Vaccination report Assam 1896-1927 - 1896-1927
Year: 1896
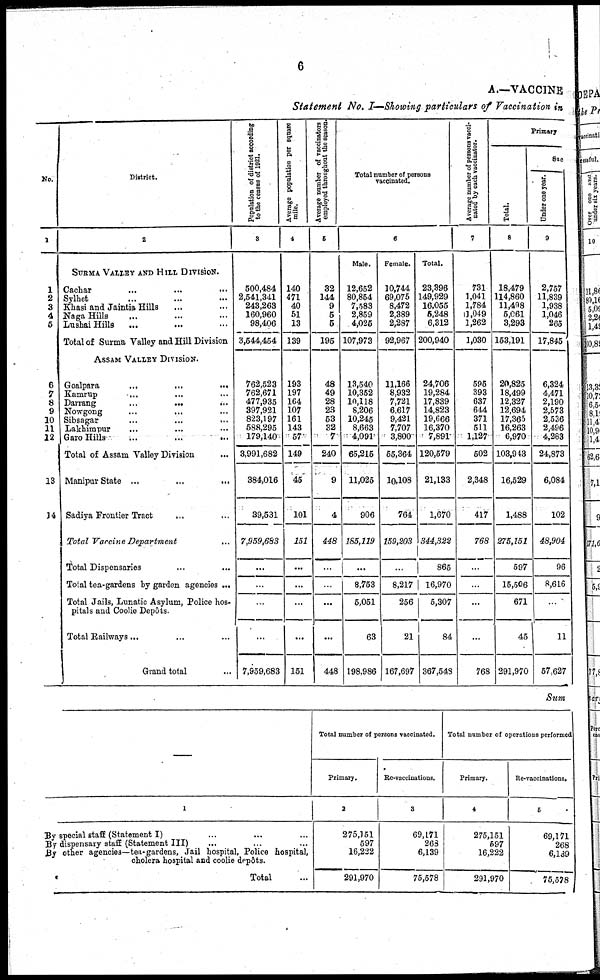
6
A.—VACCINE
Statement No. I—Showing particulars of Vaccination in
No.
1
1
2
3
4
5
6
7
8
9
10
11
12
13
14
District.
2
SURMA VALLEY AND HILL DIVISION.
Cachar
...
...
...
Sylhet ... ... ...
Khasi and Jaintia Hills ... ...
Naga Hills
...
...
...
Lushai Hills
... ... ...
Total of Surma Valley and Hill Division
ASSAM VALLEY DIVISION.
Goalpara
...
...
...
Kamrup
... ... ...
Darrang
...
...
...
Nowgong ... ... ...
Sibsagar ... ... ...
Lakhimpur ... ... ...
Garo Hills
...
...
...
Total of Assam Valley Division ...
Manipur State ...
...
...
Sadiya Frontier Tract ... ...
Total Vaccine Department
...
Total Dispensaries ... ...
Total tea-gardens by garden agencies ...
Total Jails, Lunatic Asylum, Police hos-
pitals and Coolie Depôts.
Total Railways... ... ...
Grand total ...
Population of district according
to the census of 1921.
3
500,484
2,541,341
243,263
160,960
98,406
3,544,454
762,523
762,671
477,935
397,921
823,197
588,295
179,140
3,991,682
384,016
39,531
7,959,683
...
...
...
...
7,959,683
Average population per square
mile.
4
140
471
40
51
13
139
193
197
164
107
161
143
57
149
45
101
151
...
...
...
...
151
Average number of vaccinators
employed throughout the season
5
32
144
9
6
6
195
48
49
28
23
53
32
7
240
9
4
448
...
...
...
...
448
Total number of persons
vaccinated.
6
Male.
12,652
80,854
7,583
2,859
4,025
107,973
13,540
10,352
10,118
8,206
10,245
8,663
4,091
65,215
11,025
906
185,119
...
8,753
5,051
63
198,986
Female.
10,744
69,075
8,472
2,389
2,287
92,967
11,166
8,932
7,721
6,617
9,421
7,707
3,800
55,364
10,108
764
159,203
...
8,217
256
21
167,697
Total.
23,396
149,929
16,055
5,248
6,312
200,940
24,706
19,284
17,839
14,823
19,666
16,370
7,891
120,579
21,133
1,670
344,322
865
16,970
5,307
84
367,548
Average number of persons vacci-
nated by each vaccinator.
7
731
1,041
1,784
1,049
1,262
1,030
595
393
637
644
371
511
1,127
502
2,348
417
768
...
...
...
...
768
Primary
Total.
8
18,479
114,860
11,498
6,061
3,293
153,191
20,825
18,499
12,327
12,694
17,365
16,263
6,970
103,943
16,529
1,488
275,151
597
15,506
671
45
291,970
Suc
Under one year.
9
2,757
11,839
1,938
1,046
265
17,845
6,324
4,471
2,190
2,573
2,536
2,496
4,283
24,873
6,084
102
48,904
96
8,616
...
11
57,627
Sum
—
1
By special staff (Statement I) ... ... ...
By dispensary staff (Statement III) ... ... ...
By other agencies—tea-gardens, Jail hospital, Police hospital,
cholera hospital and coolie depôts.
Total ...
Total number of persons vaccinated.
Primary.
2
275,151
597
16,222
291,970
Re-vaccinations.
3
69,171
268
6,139
75,678
Total number of operations performed
Primary.
4
275,151
697
16,222
291,970
Re-vaccinations.
5
69,171
268
6,139
76,578